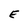
Character: E